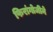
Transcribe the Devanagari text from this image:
फिरांगोजीने